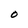
Character: 0